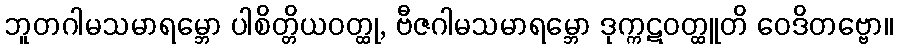
ဘူတဂါမသမာရမ္ဘော ပါစိတ္တိယဝတ္ထု, ဗီဇဂါမသမာရမ္ဘော ဒုက္ကဋဝတ္ထူတိ ဝေဒိတဗ္ဗော။